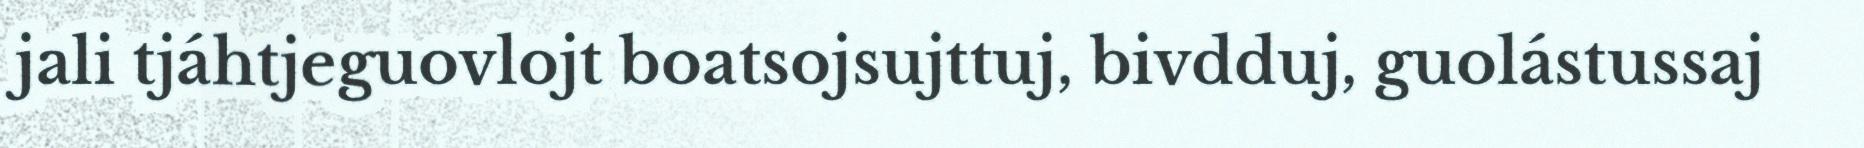
jali tjáhtjeguovlojt boatsojsujttuj, bivdduj, guolástussaj